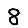
Digit: 8